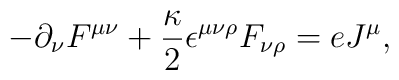
- \partial_{\nu} F^{\mu\nu} + \frac{\kappa}{2} {\epsilon}^{\mu\nu\rho} F_{\nu\rho} = eJ^{\mu},